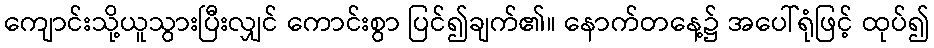
ကျောင်းသို့ယူသွားပြီးလျှင် ကောင်းစွာ ပြင်၍ချက်၏။ နောက်တနေ့၌ အပေါ်ရုံဖြင့် ထုပ်၍